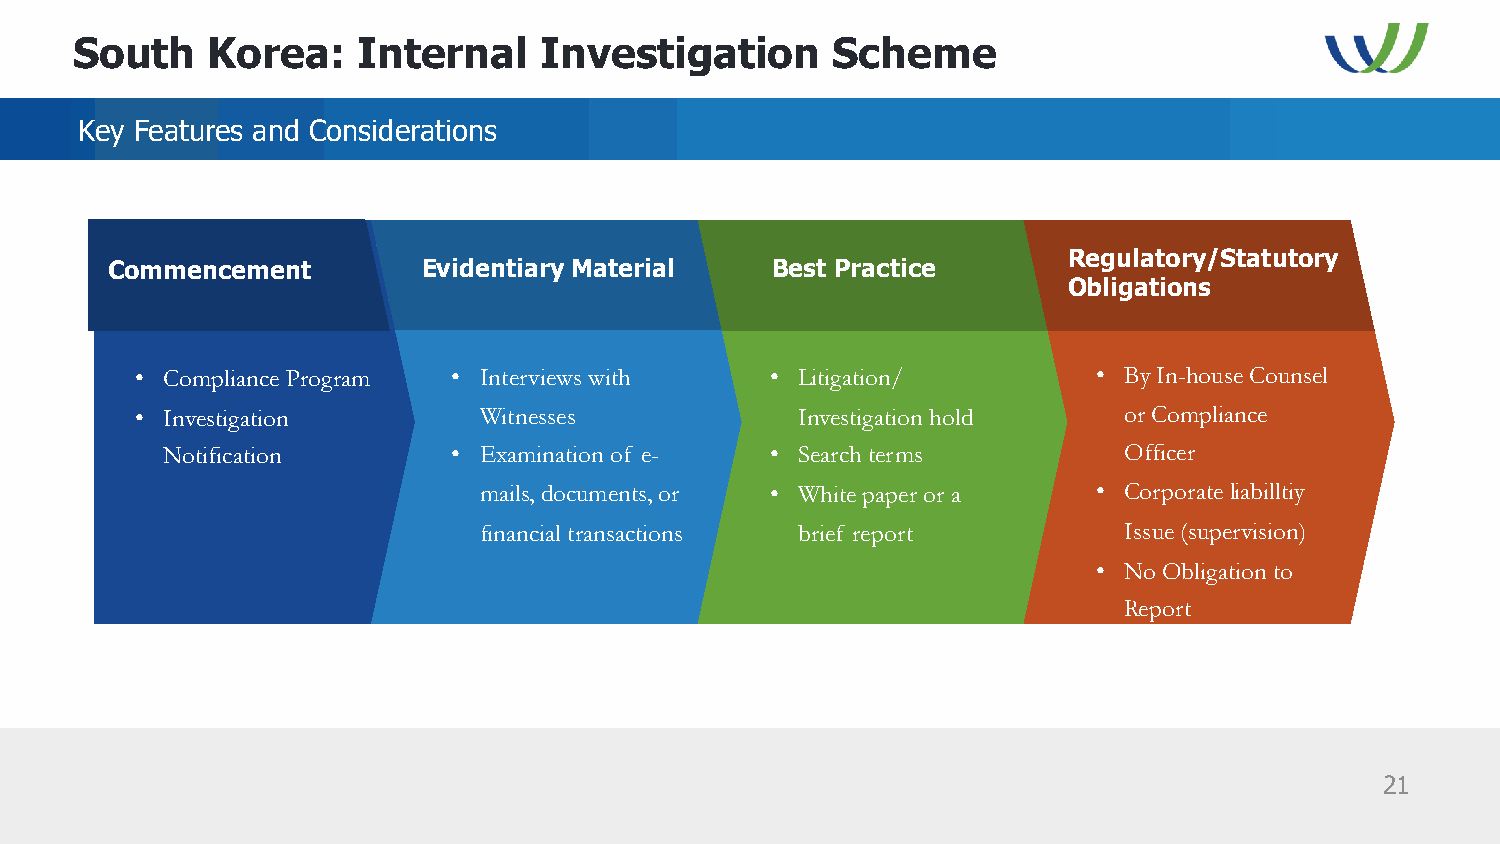
South    Korea:    Internal    Investigation      Scheme
 Key Features and Considerations
 Regulatory/Statutory
 Commencement         Evidentiary Material   Best Practice
 Obligations
 • Compliance Program • Interviews with    • Litigation/         • By In-house Counsel
 • Investigation        Witnesses            Investigation hold   or Compliance
 Notification       • Examination of e-  • Search terms         Officer
 mails, documents, or • White paper or a  • Corporate liabilltiy
 financial transactions brief report       Issue (supervision)
 • No Obligation to
 Report
 21